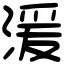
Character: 湲